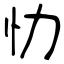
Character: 忇